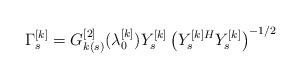
LaTeX: \begin{align*}\Gamma_{s}^{[k]}=G_{k(s)}^{[2]}(\lambda_{0}^{[k]}){Y}^{[k]}_{s}\left({Y}^{[k]H}_{s}{Y}^{[k]}_{s}\right)^{-1/2}\end{align*}